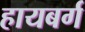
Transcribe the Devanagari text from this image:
हायबर्ग